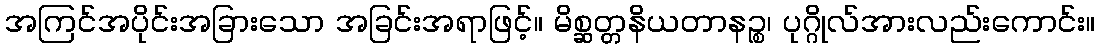
အကြင်အပိုင်းအခြားသော အခြင်းအရာဖြင့်။ မိစ္ဆတ္တနိယတာနဉ္စ၊ ပုဂ္ဂိုလ်အားလည်းကောင်း။